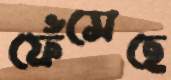
ফেঁসেছে